Indian journal of veterinary science and animal husbandry - Volumes 15-17, 1948-1951
Year: 1948
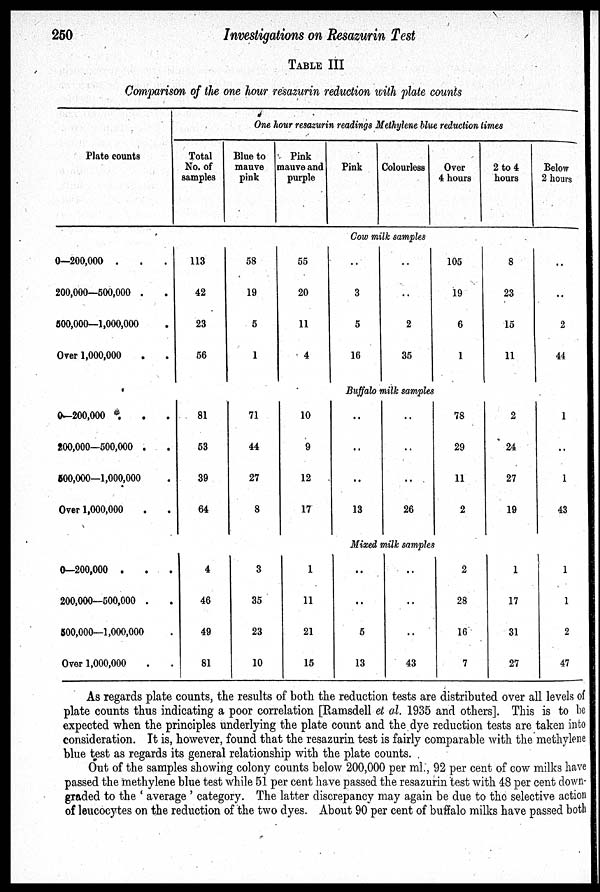
250
Investigations on Resazurin Test
TABLE III
Comparison of the one hour resazurin reduction with plate counts
Plate counts
0—200,000 . . .
200,000—500,000 . .
500,000—1,000,000 .
Over 1,000,000 . .
0—200,000 . . .
200,000—500,000 . .
500,000—1,000,000 . .
Over 1,000,000 . .
0—200,000 . . .
200,000—500,000 . .
500,000—1,000,000 .
Over 1,000,000 . .
One hour resazurin readings Methylene blue reduction times
Total
No. of
samples
Blue to
mauve
pink
Pink
mauve and
purple
Pink
Colourless
Over
4 hours
2 to 4
hours
Below
2 hours
Cow milk samples
113
42
23
56
58
19
5
1
55
20
11
4
..
3
5
16
..
..
2
35
105
19
6
1
8
23
15
11
..
..
2
44
Buffalo milk samples
81
53
39
64
71
44
27
8
10
9
12
17
..
..
..
13
..
..
..
26
78
29
11
2
2
24
27
19
1
..
1
43
Mixed milk samples
4
46
49
81
3
35
23
10
1
11
21
15
..
..
5
13
..
..
..
43
2
28
16
7
1
17
31
27
1
1
2
47
As regards plate counts, the results of both the reduction tests are distributed over all levels of
plate counts thus indicating a poor correlation [Ramsdell et al. 1935 and others]. This is to be
expected when the principles underlying the plate count and the dye reduction tests are taken into
consideration. It is, however, found that the resazurin test is fairly comparable with the methylene
blue test as regards its general relationship with the plate counts.
Out of the samples showing colony counts below 200,000 per ml., 92 per cent of cow milks have
passed the methylene blue test while 51 per cent have passed the resazurin test with 48 per cent down-
graded to the 'average' category. The latter discrepancy may again be due to the selective action
of leucocytes on the reduction of the two dyes. About 90 per cent of buffalo milks have passed both